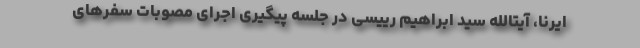
ایرنا، آیتالله سید ابراهیم رییسی در جلسه پیگیری اجرای مصوبات سفرهای